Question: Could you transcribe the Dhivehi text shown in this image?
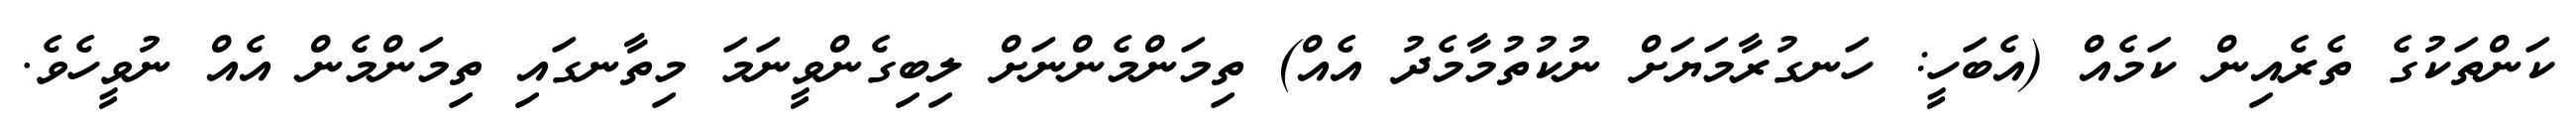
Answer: ކަންތަކުގެ ތެރެއިން ކަމެއް (އެބަހީ: ހަނގުރާމަޔަށް ނުކުތުމާމެދު އެއް) ތިމަންމެންނަށް ލިބިގެންވީނަމަ މިތާނގައި ތިމަންމެން އެއް ނުވީހެވެ.